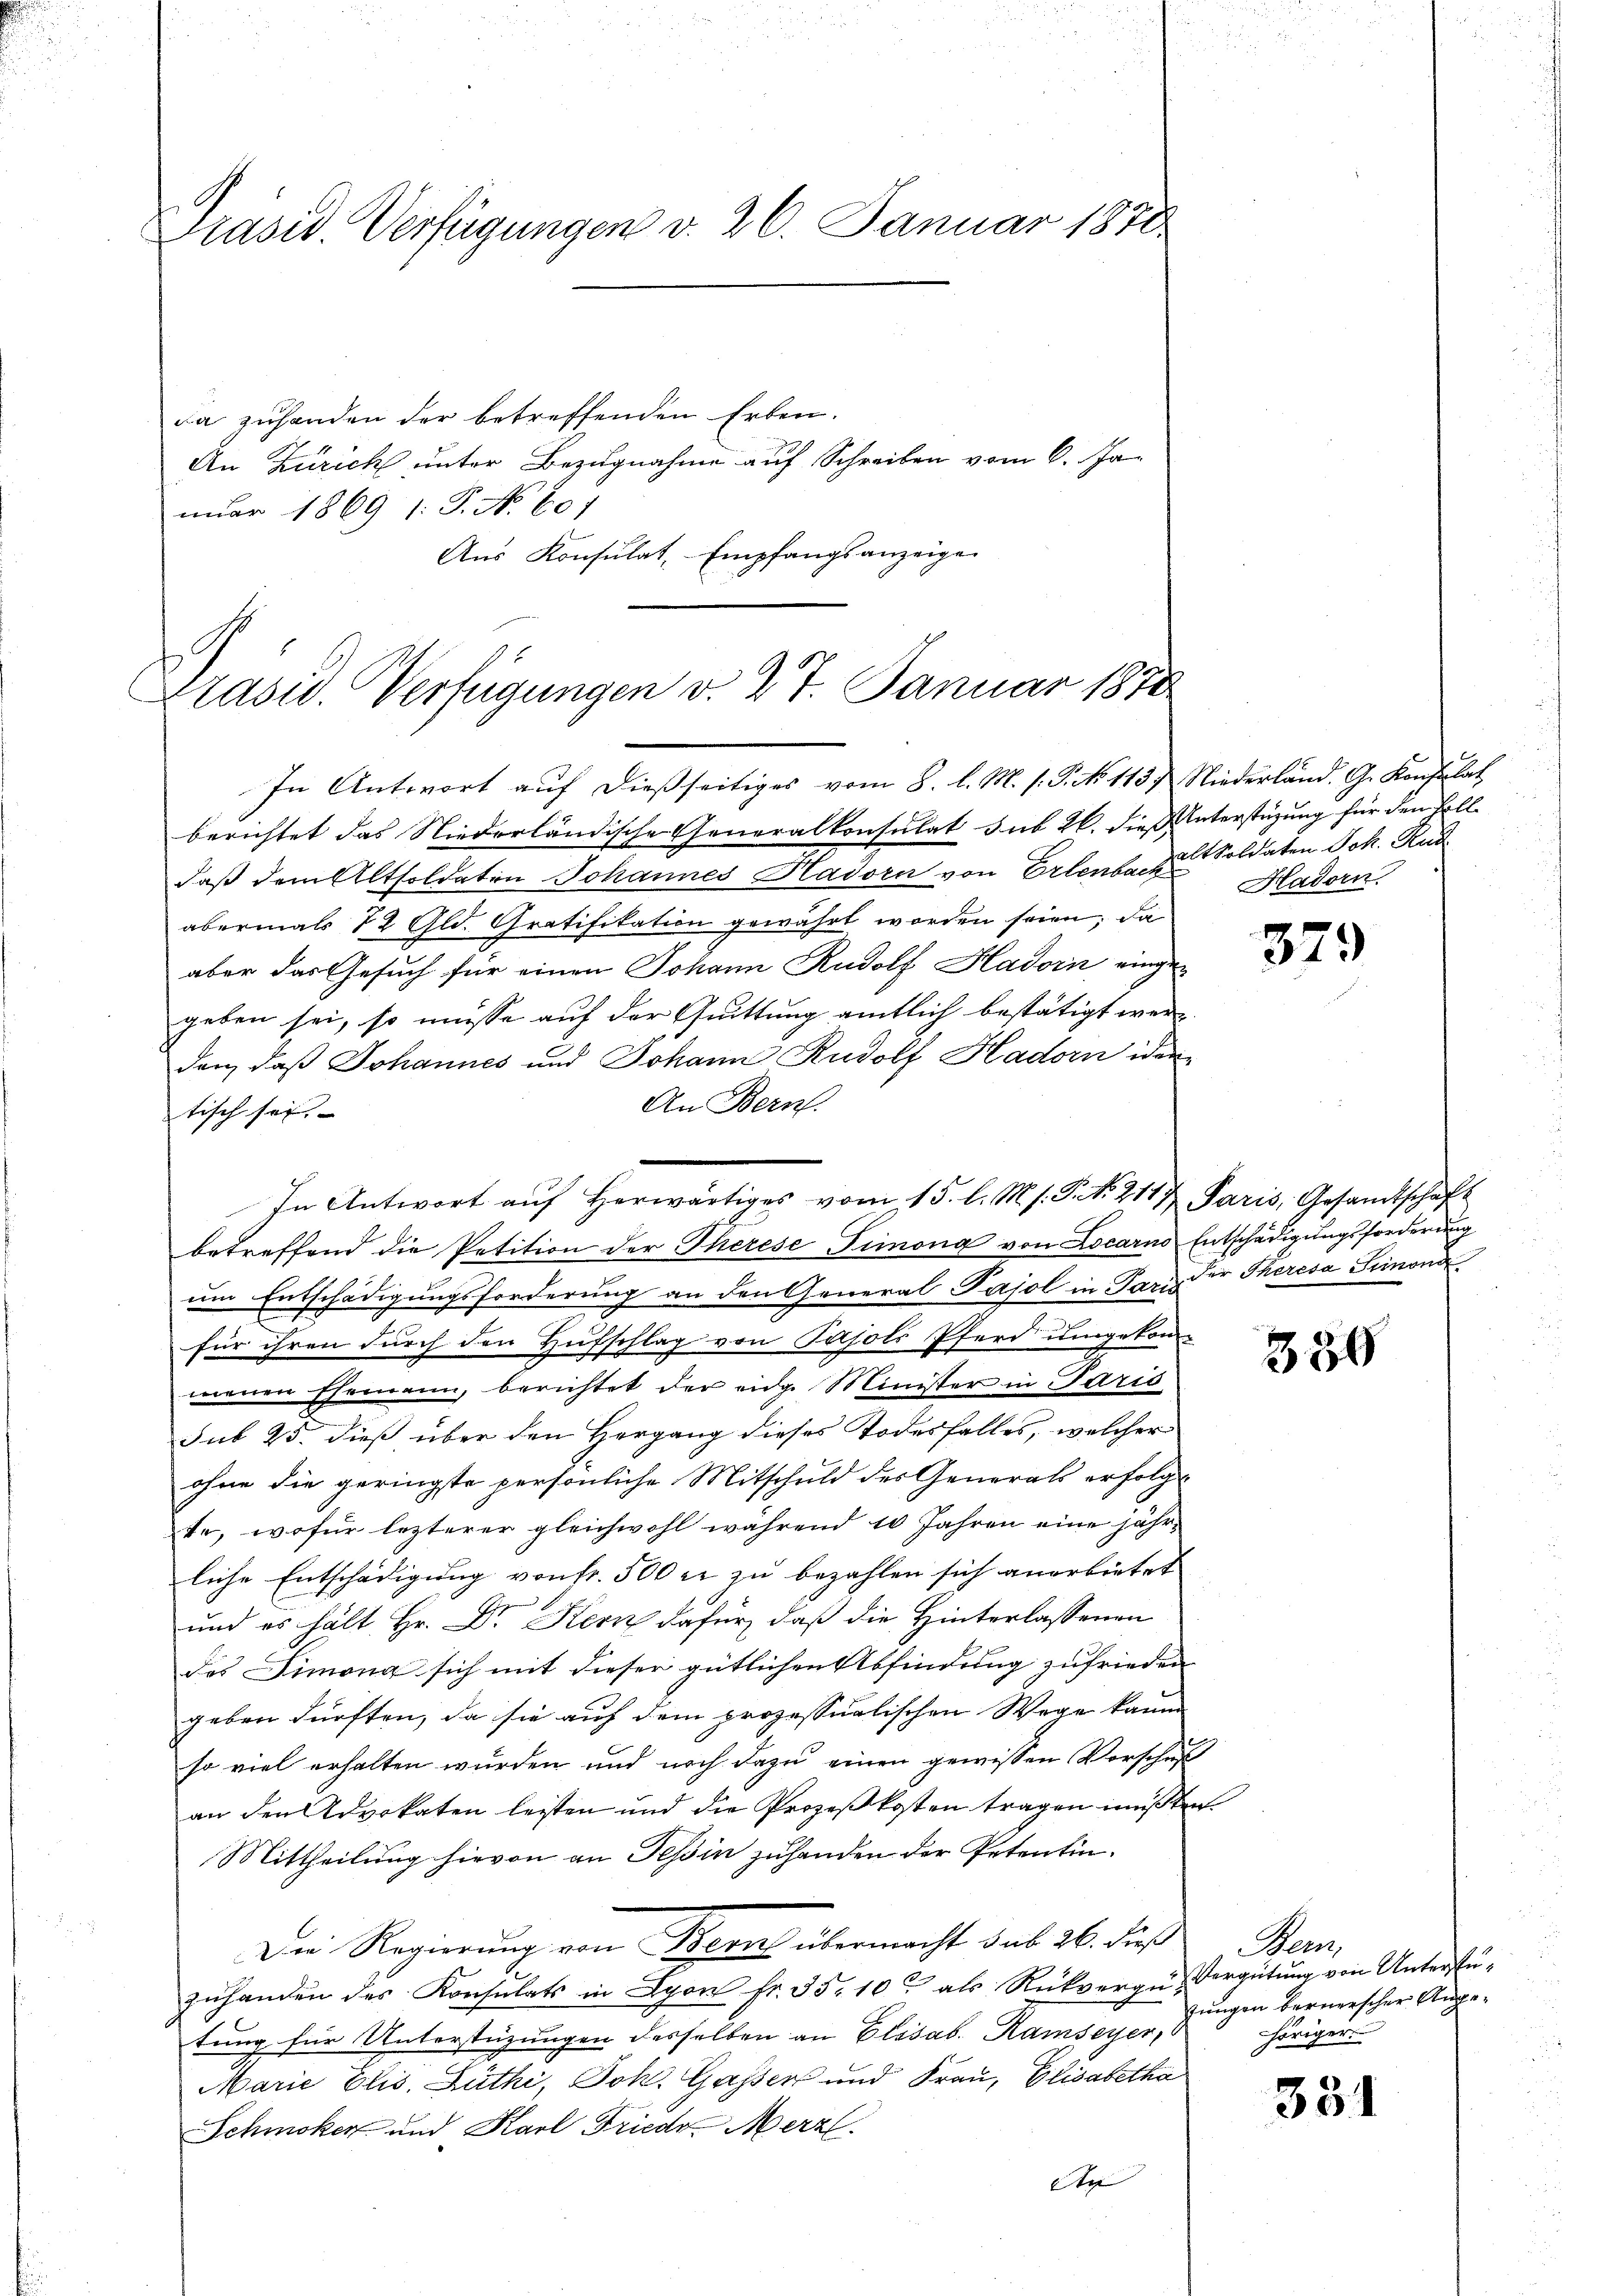
Präsid. Verfügungen d. 26. Januar 1810.

da zuhanden der betreffenden Erben.
An Zürich unter Bezugnahme auf Schreiben vom 6. Januar 1869 1: P. No. 607
Aus Konsulat, Empfangsanzeige

Präsid. Verfügungen v. 27. Januar 1870
In Antwort auf dießseitiges vom 8. l. M. h. T. No. 113.) Niederländ. G. Konsulat

berichtet das Niederländische Generalkonsulat sub 26. dieß unterstüzung für den Volldaß dem Altsoldaten Johannes Hadorn von Erlenbar zu Soldaten Joh. Rud
abermals 12 Gld. Gratifikation gewährt worden seien; da
aber das Gesuch für einen Johann Rudolf Hadorn eingen
geben sei, so müsse auf der Quittung amtlich bestätigt werden, daß Johannes und Johann Rudolf Hadorn iden
An Bern.
tisch sei,
betreffend die Petition der Therese Fimona von Locarno Entschädigungsforderung
um Entschädigungsforderung an den General Pajol in Paris der Theresa Simond
für ihren durch den Hufschlag von Pasols Pferd umgekom-
menen Ehemann, berichtet der eidg. Minister in Paris
sub 25. dieß über den Hergang dieses Todesfalles, welcher
ohne die geringste persönliche Mitschuld des Generals erfolgte, wofür lezterer gleichwohl während 10 Jahren eine jähr-
liche Entschädigung von fr. 500 rt zu bezahlen sich anerbietet
und es hält Hr. Dr. Kern dafür, daß die Hinterlassenen
des Simona sich mit dieser gütlichen Abfindung zufrieden
geben dürften, da sie auf dem prozessualischen Wege kaum
so viel erhalten wurden und noch dazu einen gewissen Vorschuß
an den Advokaten leisten und die Prozeßkosten tragen müßten
Mittheilung hievon an Tessin zuhanden der Petentin¬
Die Regierung von Stern übermacht sub 26. dieß Bern,
zŭhanden des Konsulats in Lyon fr. 35. 10 als Rückverge Vergütung von Unterfü-
tung für Unterstüzungen desselben an Elisab. Ramseyer,
Marie Elis. Lüthi, Joh. Gassen und Frau, Glisabetha
Schmoken und Karl Friedr. Merz
An

In Antwort aŭf herwärtiges vom 15. l. M. s. S. No. 211 Paris, Gesandtschaft

Hadorn

379

389

Jungen bernerscher Angehöriger.

351